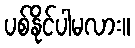
ပစ်နိုင်ပါမလား။